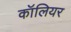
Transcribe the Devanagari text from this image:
कॉलियर